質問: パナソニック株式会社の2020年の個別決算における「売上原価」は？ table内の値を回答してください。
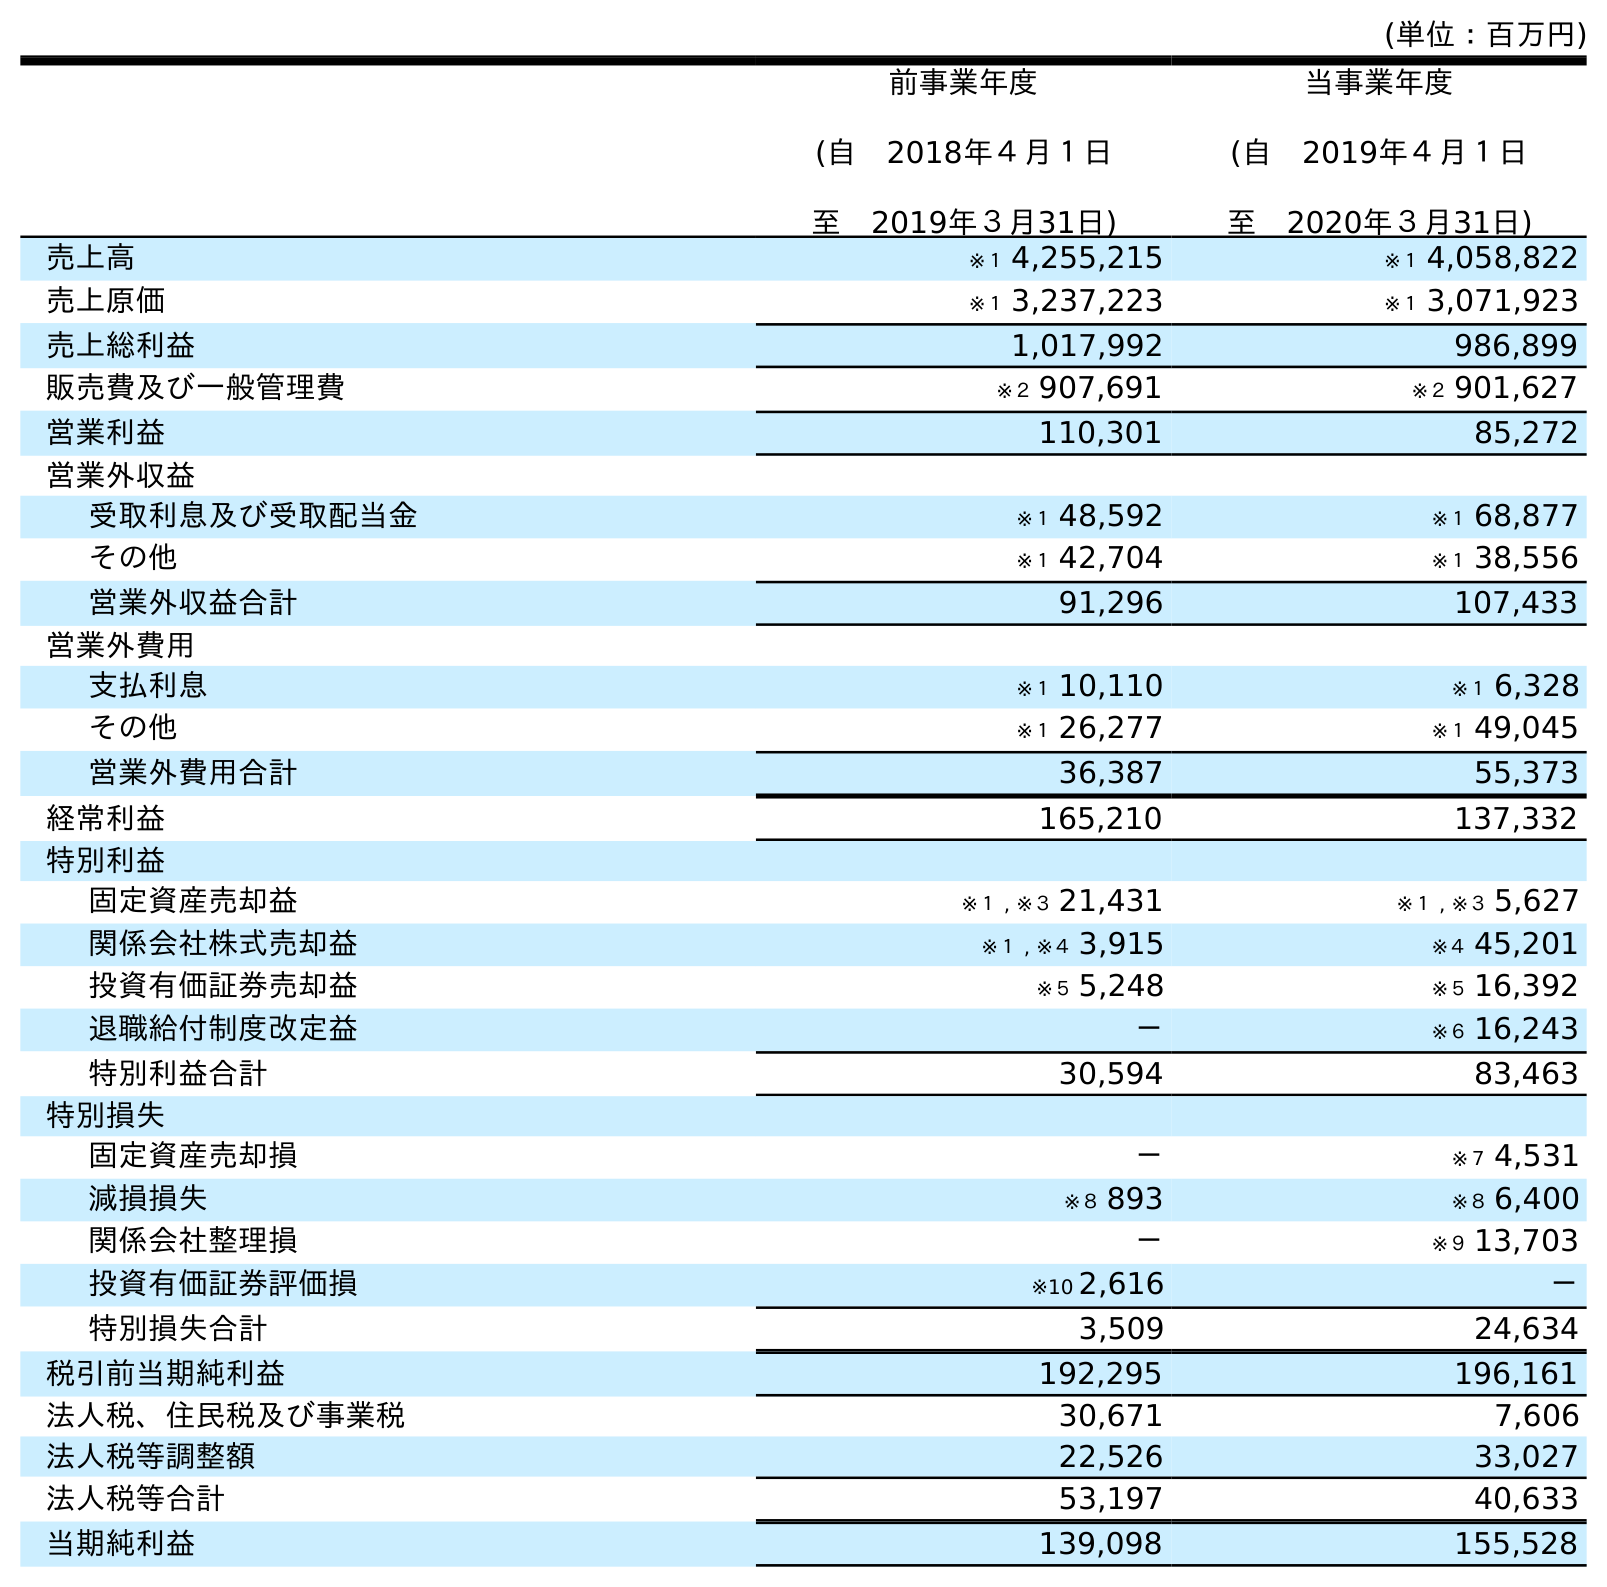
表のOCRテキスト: (単位：百万円) 前事業年度 (自 2018年４月１日 至 2019年３月31日) 当事業年度 (自 2019年４月１日 至 2020年３月31日) 売上高 ※１ 4,255,215 ※１ 4,058,822 売上原価 ※１ 3,237,223 ※１ 3,071,923 売上総利益 1,017,992 986,899 販売費及び一般管理費 ※２ 907,691 ※２ 901,627 営業利益 110,301 85,272 営業外収益 受取利息及び受取配当金 ※１ 48,592 ※１ 68,877 その他 ※１ 42,704 ※１ 38,556 営業外収益合計 91,296 107,433 営業外費用 支払利息 ※１ 10,110 ※１ 6,328 その他 ※１ 26,277 ※１ 49,045 営業外費用合計 36,387 55,373 経常利益 165,210 137,332 特別利益 固定資産売却益 ※１ , ※３ 21,431 ※１ , ※３ 5,627 関係会社株式売却益 ※１ , ※４ 3,915 ※４ 45,201 投資有価証券売却益 ※５ 5,248 ※５ 16,392 退職給付制度改定益 － ※６ 16,243 特別利益合計 30,594 83,463 特別損失 固定資産売却損 － ※７ 4,531 減損損失 ※８ 893 ※８ 6,400 関係会社整理損 － ※９ 13,703 投資有価証券評価損 ※10 2,616 － 特別損失合計 3,509 24,634 税引前当期純利益 192,295 196,161 法人税、住民税及び事業税 30,671 7,606 法人税等調整額 22,526 33,027 法人税等合計 53,197 40,633 当期純利益 139,098 155,528
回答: ※１3,071,923